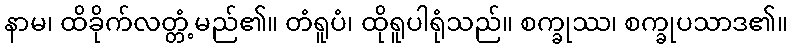
နာမ၊ ထိခိုက်လတ္တံ့မည်၏။ တံရူပံ၊ ထိုရူပါရုံသည်။ စက္ခုဿ၊ စက္ခုပသာဒ၏။